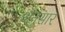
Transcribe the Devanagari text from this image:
अनुसार